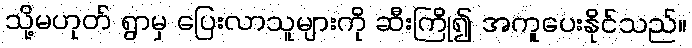
သို့မဟုတ် ရွာမှ ပြေးလာသူများကို ဆီးကြို၍ အကူပေးနိုင်သည်။